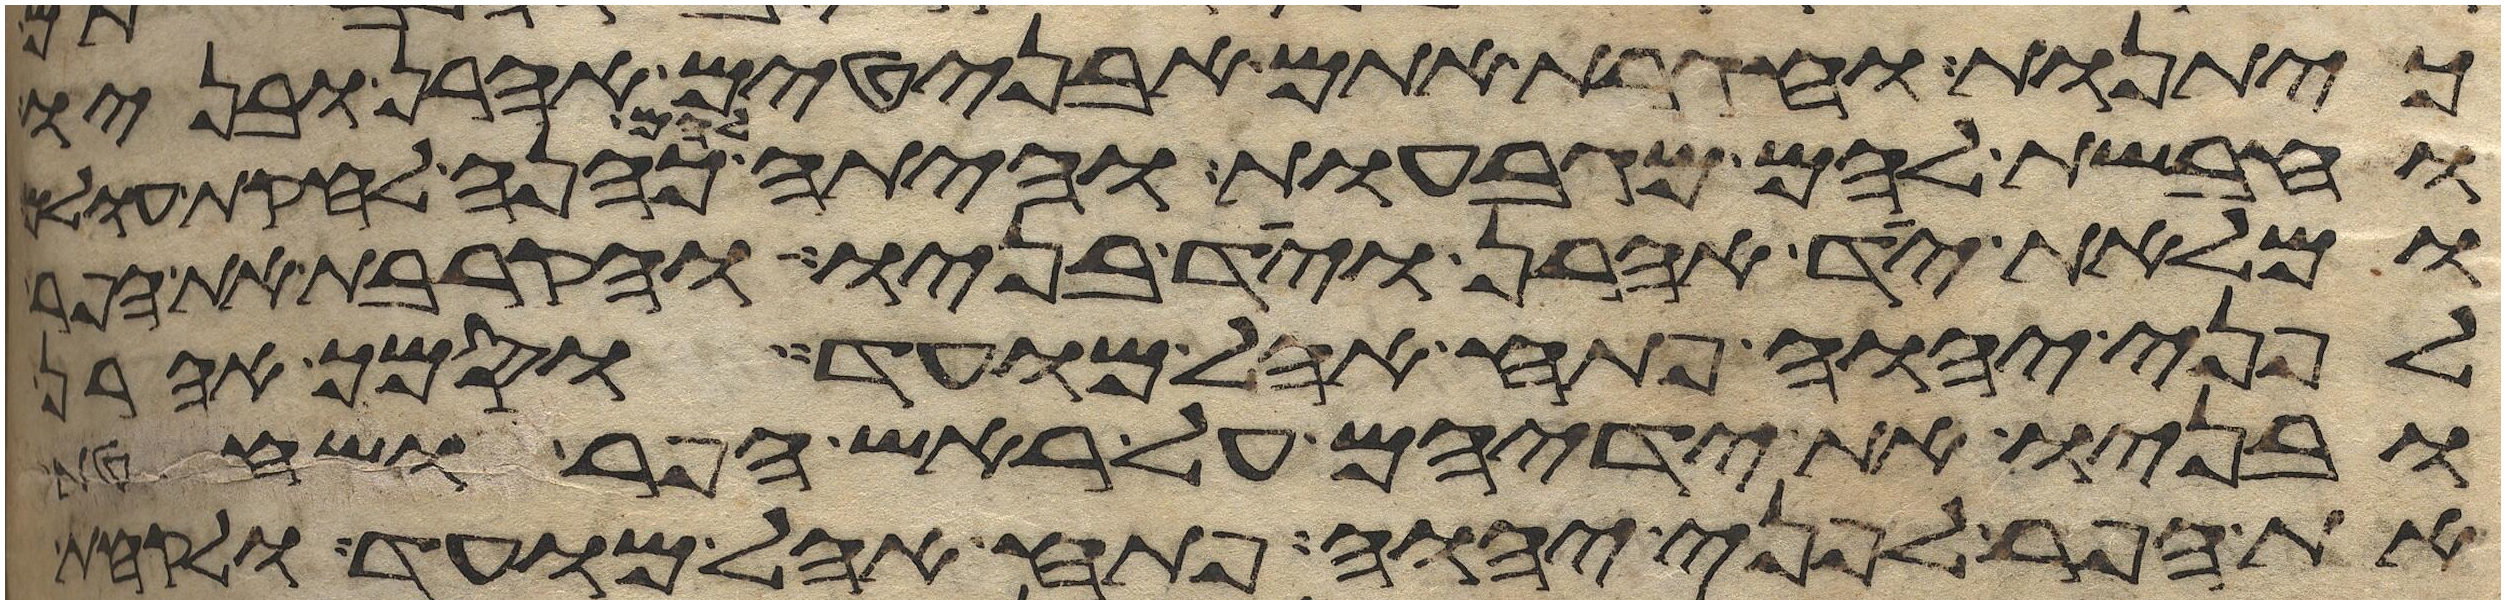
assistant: כיתנות וחגרת אתם אבניטים אהרן ובניו
וחבשת להם מגבעות והיתה להם כהנה לחקת עולם
ומלאת יד אהרן ויד בניו והקרבת את הפר
לפני יהוה פתח אהל מועד וסמך אהרן
ובניו את ידיהם על ראש הפר ושחטת
את הפר לפני יהוה פתח אהל מועד ולקחת